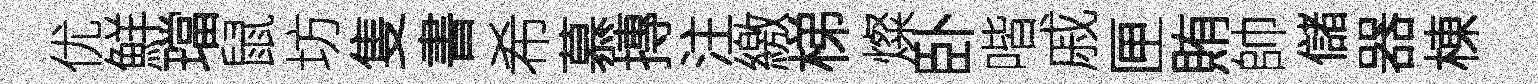
优鮮璫鼠坊隻書希慕摶注繳梯燦卧喈戚匣賄帥儲器棟